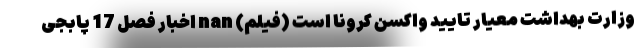
وزارت بهداشت معیار تایید واکسن کرونا است (فیلم) nan اخبار فصل 17 پابجی